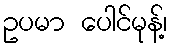
ဥပမာ ပေါင်မုန့်၊